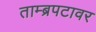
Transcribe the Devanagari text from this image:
ताम्ब्रपटावर